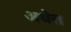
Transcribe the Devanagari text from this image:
अधेरा